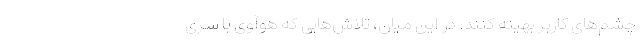
چشم‌های کاربر بهینه کنند. در این میان، تلاش‌هایی که هوآوی با سری